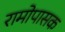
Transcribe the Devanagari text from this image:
रामोपासक